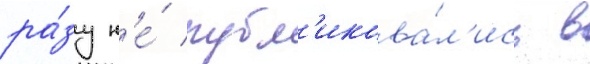
ра́зу н'е́ публ'икова́л'ись в